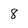
Character: 8